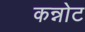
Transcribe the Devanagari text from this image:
कन्नोट